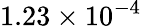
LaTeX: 1.23\times 10^{-4}